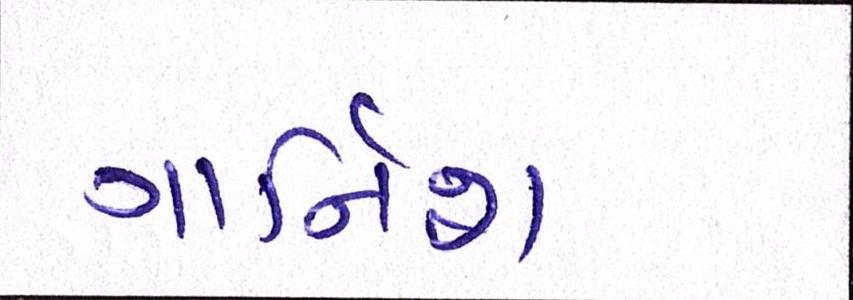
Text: ગાર્નિશ